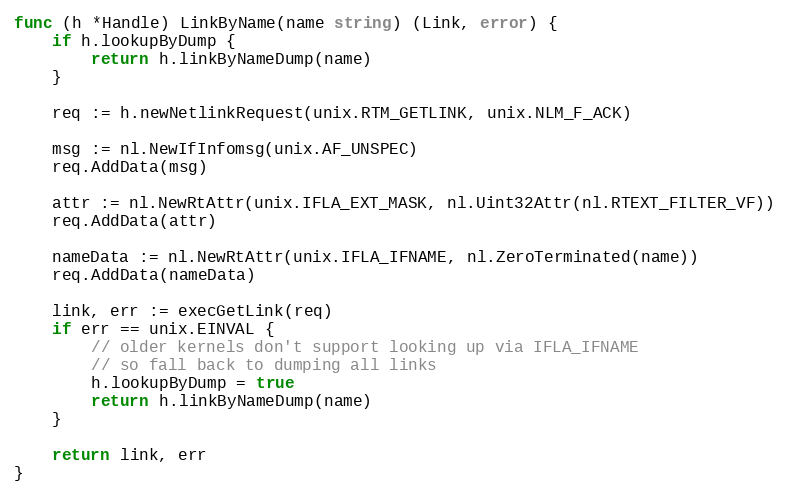
Language: Go
func (h *Handle) LinkByName(name string) (Link, error) {
	if h.lookupByDump {
		return h.linkByNameDump(name)
	}

	req := h.newNetlinkRequest(unix.RTM_GETLINK, unix.NLM_F_ACK)

	msg := nl.NewIfInfomsg(unix.AF_UNSPEC)
	req.AddData(msg)

	attr := nl.NewRtAttr(unix.IFLA_EXT_MASK, nl.Uint32Attr(nl.RTEXT_FILTER_VF))
	req.AddData(attr)

	nameData := nl.NewRtAttr(unix.IFLA_IFNAME, nl.ZeroTerminated(name))
	req.AddData(nameData)

	link, err := execGetLink(req)
	if err == unix.EINVAL {
		// older kernels don't support looking up via IFLA_IFNAME
		// so fall back to dumping all links
		h.lookupByDump = true
		return h.linkByNameDump(name)
	}

	return link, err
}